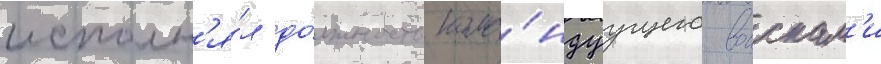
исполн'я́л до́лжность кома́ндуущего воискам'и